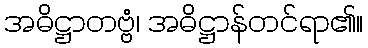
အဓိဋ္ဌာတဗ္ဗံ၊ အဓိဋ္ဌာန်တင်ရာ၏။